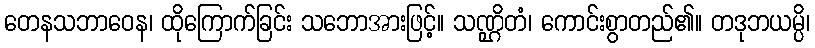
တေနသဘာဝေန၊ ထိုကြောက်ခြင်း သဘောအားဖြင့်။ သဏ္ဌိတံ၊ ကောင်းစွာတည်၏။ တဒုဘယမ္ပိ၊